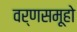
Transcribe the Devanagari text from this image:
वर्णसमूहो